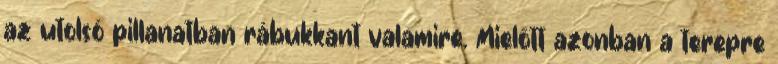
az utolsó pillanatban rábukkant valamire. Mielőtt azonban a terepre